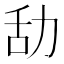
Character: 㔚